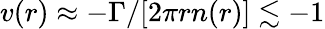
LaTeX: v(r)\approx-\Gamma/[2\pi rn(r)]\lesssim-1